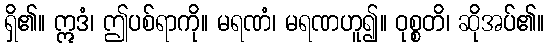
ရှိ၏။ ဣဒံ၊ ဤပစ်ရာကို။ မရဏံ၊ မရဏဟူ၍။ ဝုစ္စတိ၊ ဆိုအပ်၏။